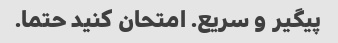
پیگیر و سریع. امتحان کنید حتما.